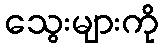
သွေးများကို